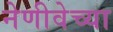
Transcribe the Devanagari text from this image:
नेणीवेच्या